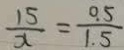
\frac { 1 5 } { x } = \frac { 0 . 5 } { 1 . 5 }